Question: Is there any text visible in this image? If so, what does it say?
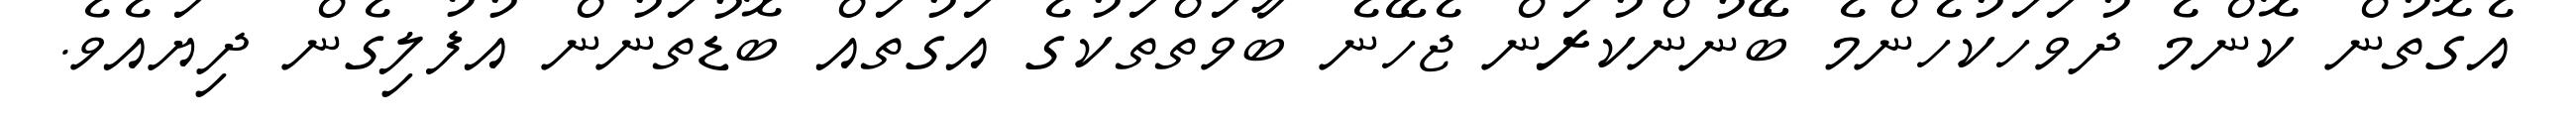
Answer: އެގޮތުން ކޮންމެ ދުވަހަކުހެންމެ ބޭނުންކުރަން ޖެހޭނެ ބާވަތްތަކުގެ އަގުތައް ބޮޑުތަނުން އުފުލިގެން ދިޔައެވެ.